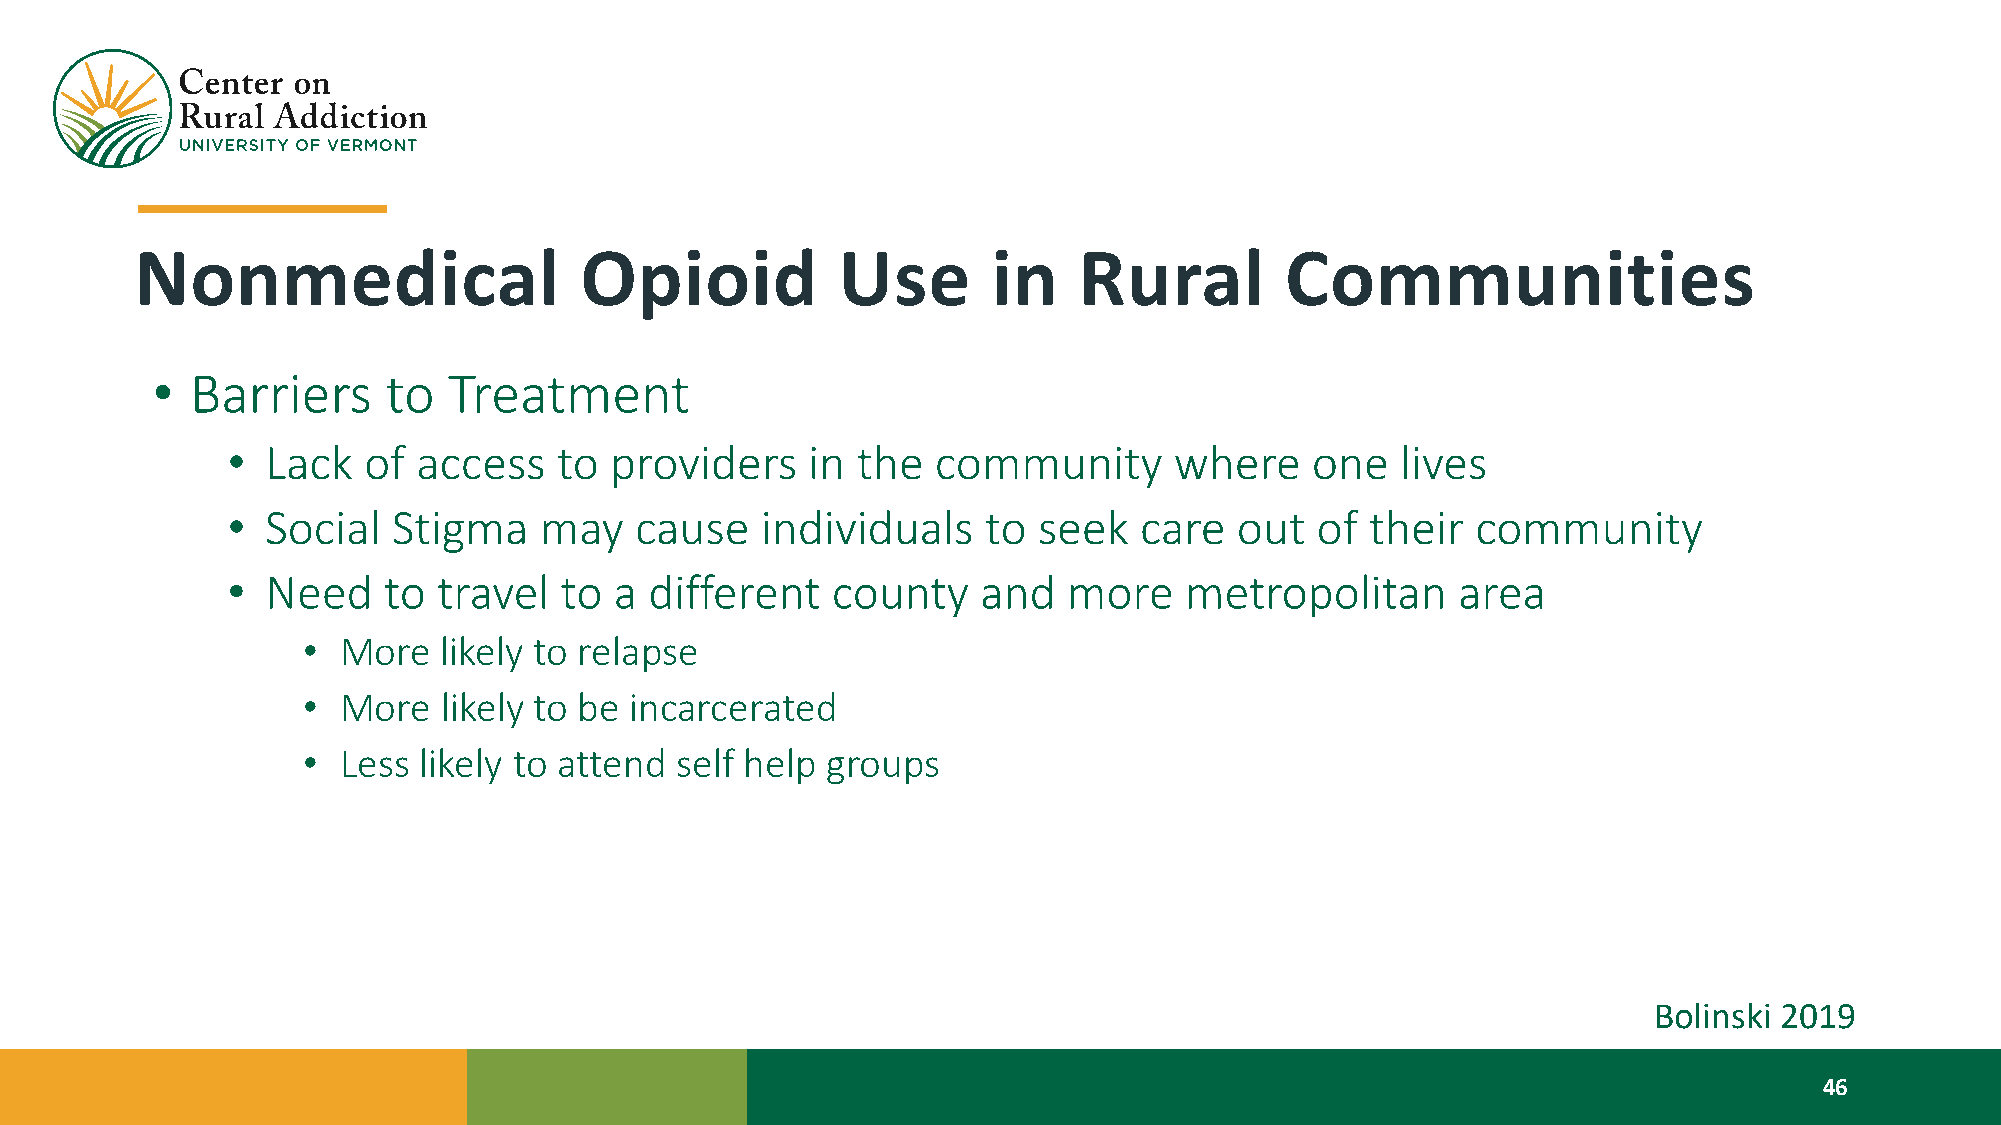
Nonmedical                   Opioid           Use        in   Rural         Communities
 •  Barriers     to  Treatment
 •  Lack  of  access   to providers    in  the  community       where    one   lives
 •  Social  Stigma    may   cause   individuals    to  seek  care   out  of  their  community
 •  Need   to  travel  to  a different   county    and   more   metropolitan      area
 •  More  likely to relapse
 •  More  likely to be incarcerated
 •  Less likely to attend self help groups
 Bolinski 2019
 46